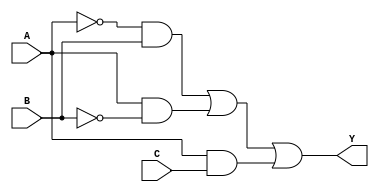
module hybrid_minimization (
    input wire A,
    input wire B,
    input wire C,
    output wire Y
);

// Internal signals for intermediate logic
wire not_A;
wire not_B;
wire not_C;
wire term1, term2, term3, term4;

// Generate NOT gates for inputs
not (not_A, A);
not (not_B, B);
not (not_C, C);

// Define the minimized logic expression based on K-map and Quine-McCluskey results
// Example minimized expression: Y = A'B + AB' + AC
assign term1 = not_A & B;      // A'B
assign term2 = A & not_B;      // AB'
assign term3 = A & C;          // AC

// Combine the terms using OR
assign Y = term1 | term2 | term3;

endmodule